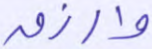
وارزق